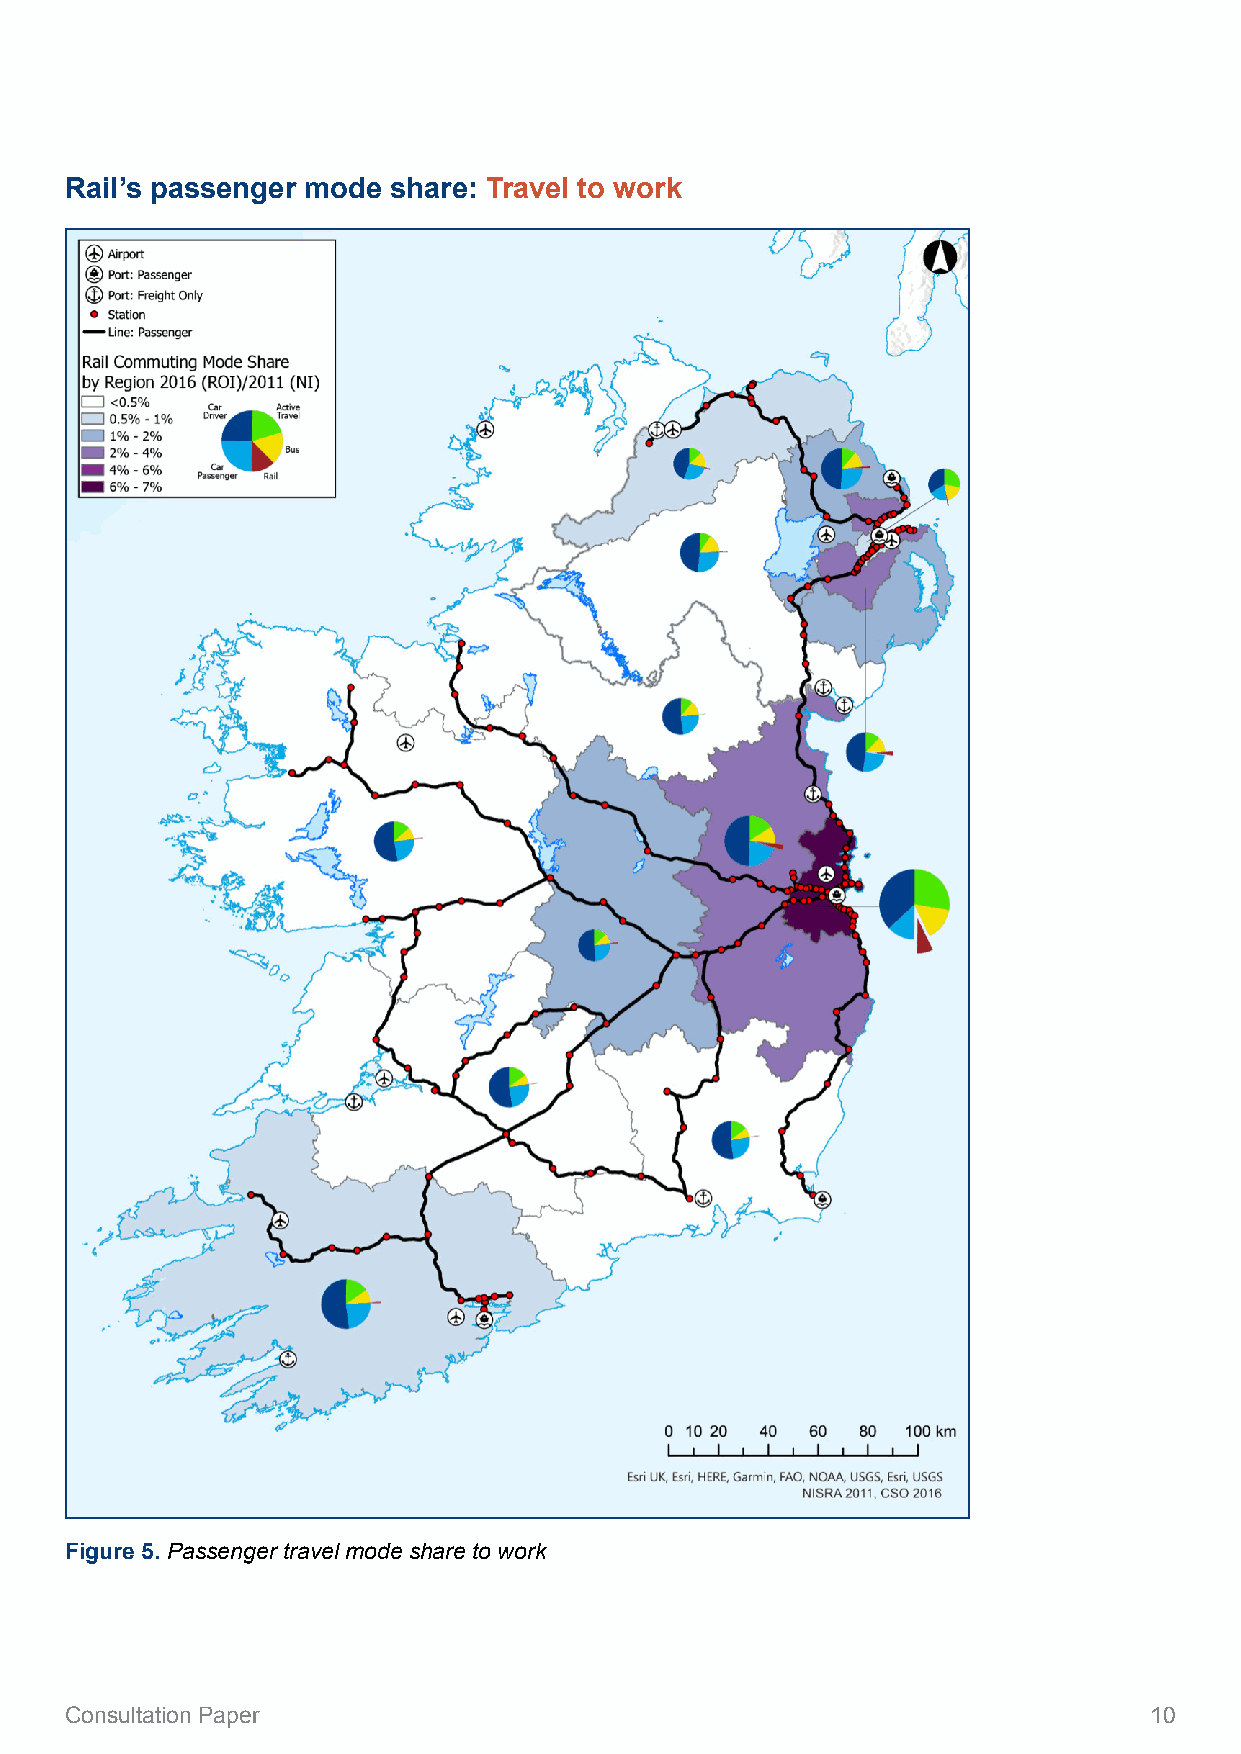
Rail’s passenger mode share: Travel to work
 Figure 5. Passenger travel mode share to work
 Consultation Paper                                                      10